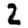
Digit: 2